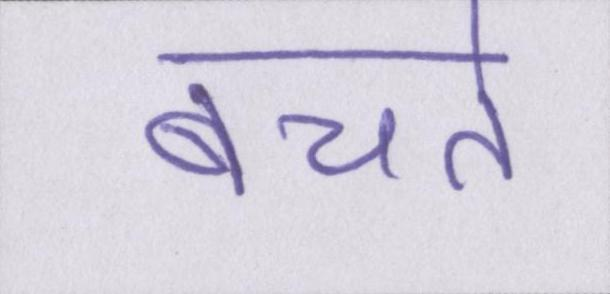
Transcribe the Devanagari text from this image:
बचते